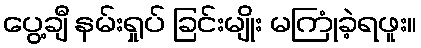
ပွေ့ချီ နမ်းရှုပ် ခြင်းမျိုး မကြုံခဲ့ရဖူး။